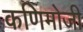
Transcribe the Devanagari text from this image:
कणिमोजी